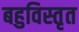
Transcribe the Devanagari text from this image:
बहुविस्तृत